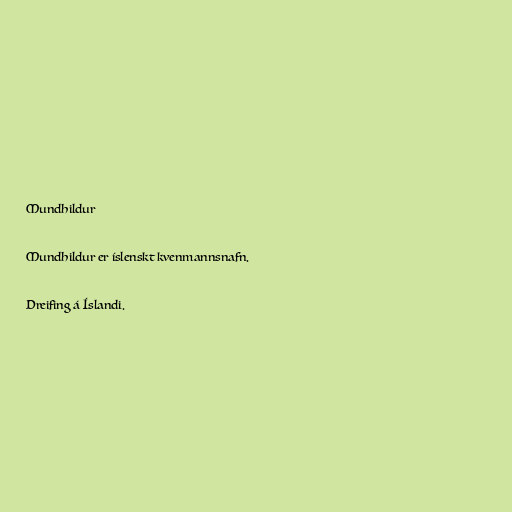
Mundhildur

Mundhildur er íslenskt kvenmannsnafn.

Dreifing á Íslandi.